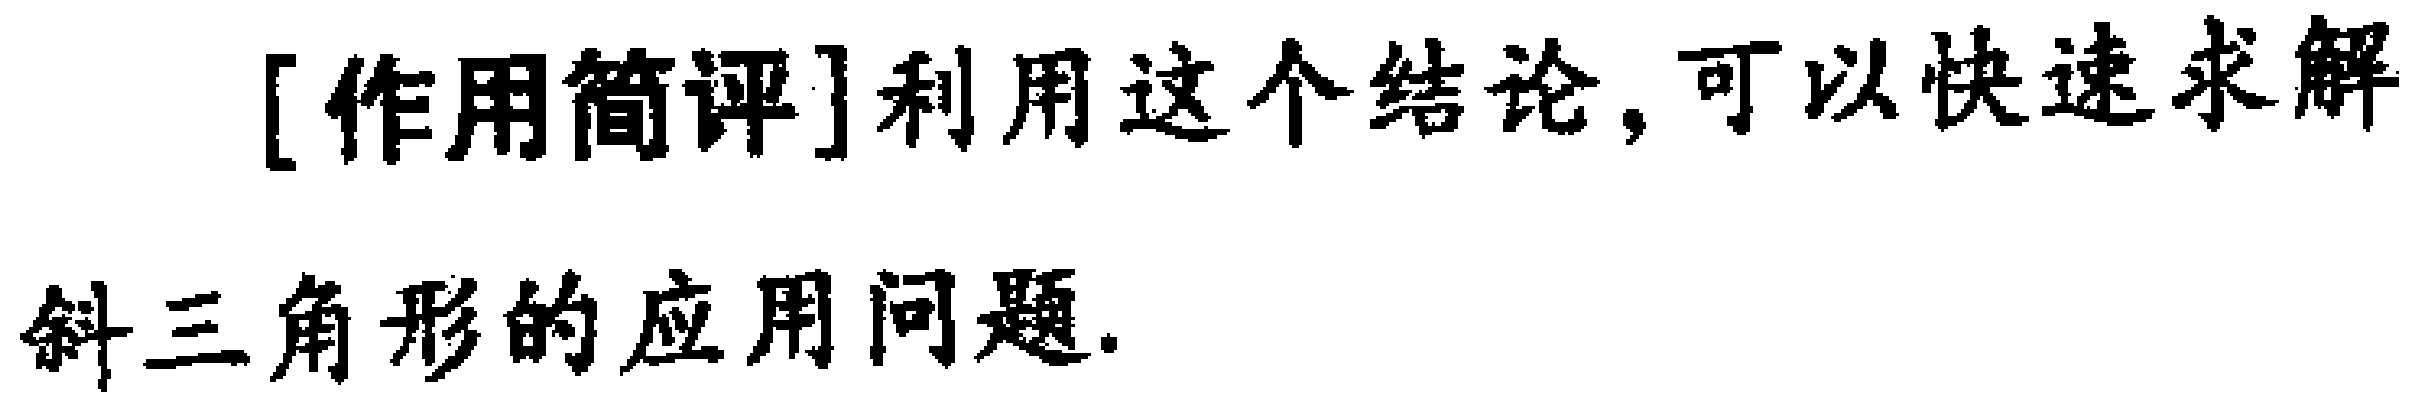
[作用简评]利用这个结论,可以快速求解斜三角形的应用问题.